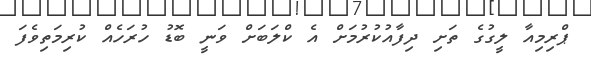
ޕްރިމިއާ ލީގުގެ ތަށި ދިފާއުކުރުމަށް އެ ކްލަބަށް ވަނީ ބޮޑު ހުރަހެއް ކުރިމަތިވެފަ